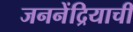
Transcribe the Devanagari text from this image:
जननेंद्रियाची